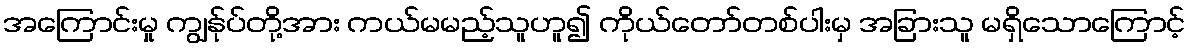
အကြောင်းမှု ကျွန်ုပ်တို့အား ကယ်မမည့်သူဟူ၍ ကိုယ်တော်တစ်ပါးမှ အခြားသူ မရှိသောကြောင့်